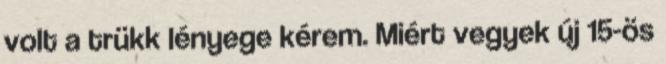
volt a trükk lényege kérem. Miért vegyek új 15-ös